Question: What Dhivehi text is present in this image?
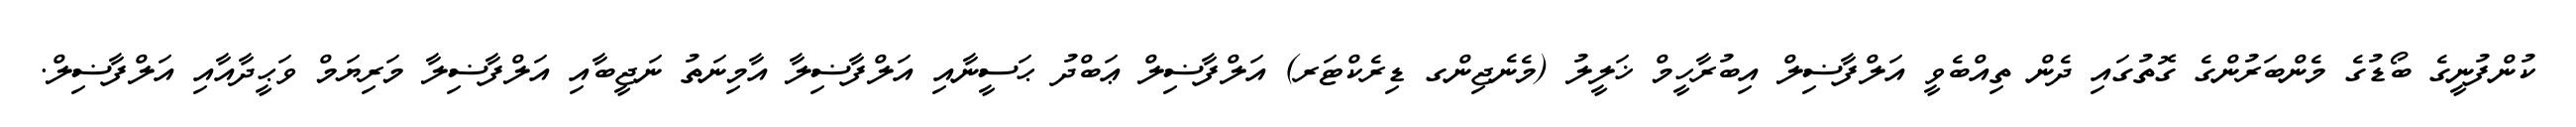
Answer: ކުންފުނީގެ ބޯޑުގެ މެންބަރުންގެ ގޮތުގައި ދެން ތިއްބެވީ އަލްފާޟިލް އިބުރާހީމް ޚަލީލު (މެނެޖިންގ ޑިރެކްޓަރ) އަލްފާޟިލް ޢަބްދު ޙަސީނާއި އަލްފާޟިލާ އާމިނަތު ނަޖީބާއި އަލްފާޟިލާ މަރިޔަމް ވަޙީދާއާއި އަލްފާޟިލް.